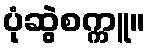
ပုံဆွဲစက္ကူ။